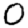
Digit: 0